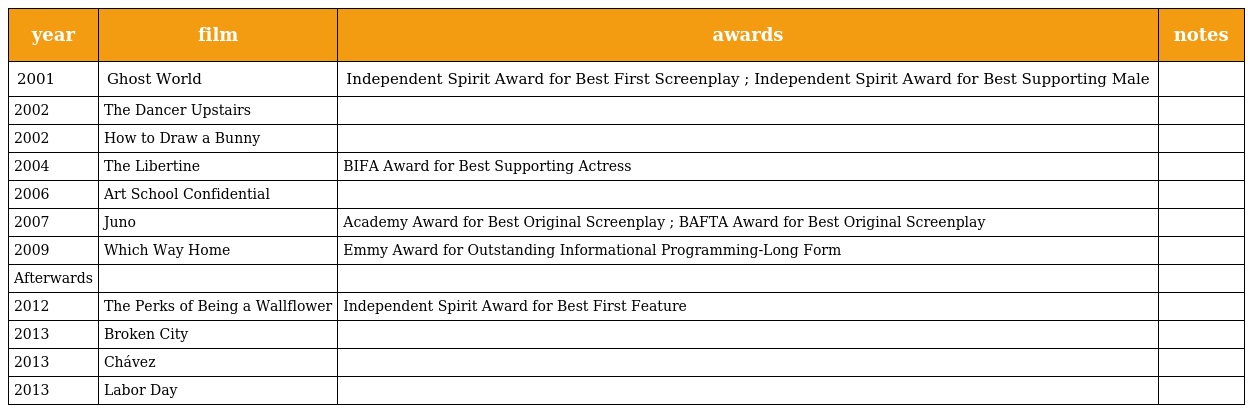
| year | film | awards | notes |
 | --- | --- | --- | --- |
 | 2001 | Ghost World | Independent Spirit Award for Best First Screenplay ; Independent Spirit Award for Best Supporting Male |  |
 | 2002 | The Dancer Upstairs |  |  |
 | 2002 | How to Draw a Bunny |  |  |
 | 2004 | The Libertine | BIFA Award for Best Supporting Actress |  |
 | 2006 | Art School Confidential |  |  |
 | 2007 | Juno | Academy Award for Best Original Screenplay ; BAFTA Award for Best Original Screenplay |  |
 | 2009 | Which Way Home | Emmy Award for Outstanding Informational Programming-Long Form |  |
 | Afterwards |  |  |  |
 | 2012 | The Perks of Being a Wallflower | Independent Spirit Award for Best First Feature |  |
 | 2013 | Broken City |  |  |
 | 2013 | Chávez |  |  |
 | 2013 | Labor Day |  |  |